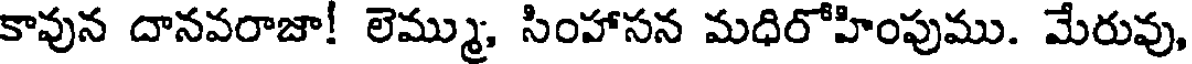
కావున దానవరాజా! లెమ్ము, సింహాసన మధిరోహింపుము. మేరువు,